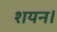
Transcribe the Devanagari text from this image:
शयन।